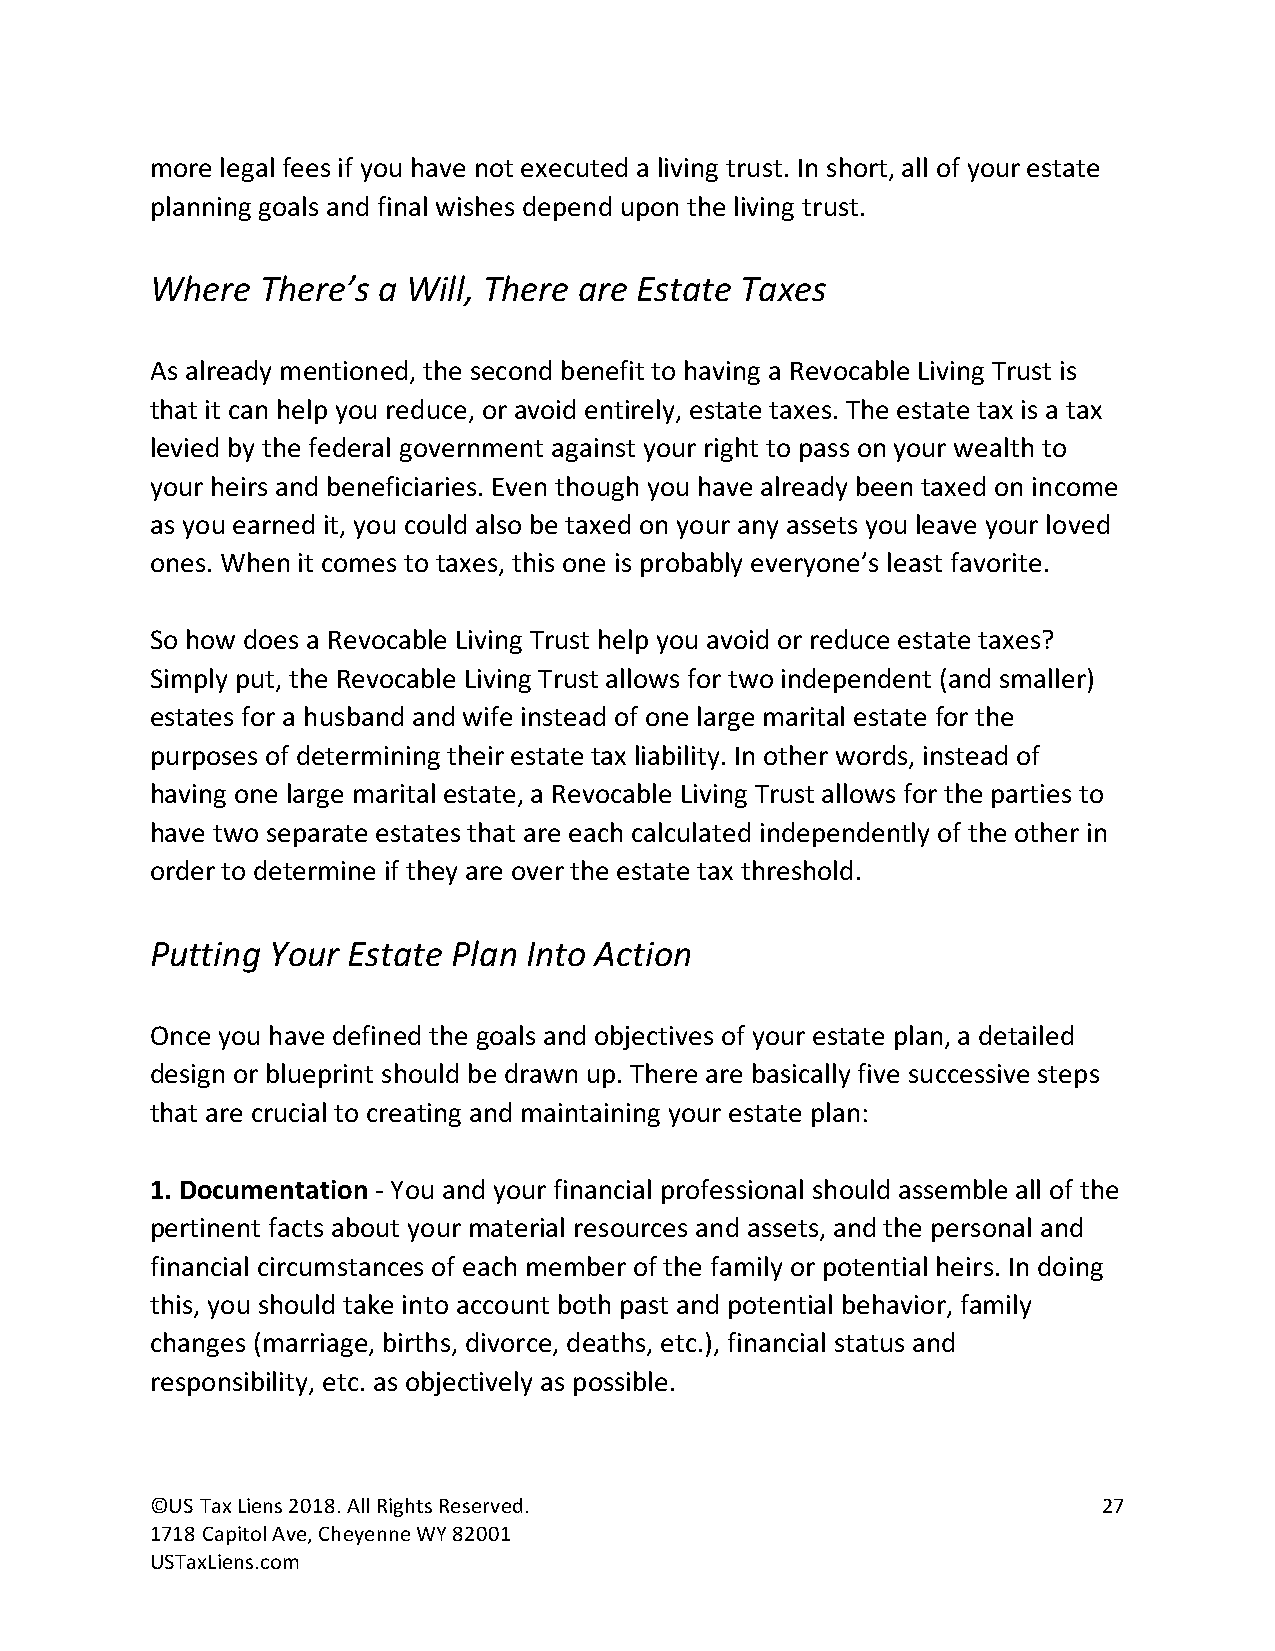
more legal fees if you have not executed a living trust. In short, all of your estate
 planning goals and final wishes depend upon the living trust.
 Where  There’s a Will, There are Estate Taxes
 As already mentioned, the second benefit to having a Revocable Living Trust is
 that it can help you reduce, or avoid entirely, estate taxes. The estate tax is a tax
 levied by the federal government against your right to pass on your wealth to
 your heirs and beneficiaries. Even though you have already been taxed on income
 as you earned it, you could also be taxed on your any assets you leave your loved
 ones. When it comes to taxes, this one is probably everyone’s least favorite.
 So how does a Revocable Living Trust help you avoid or reduce estate taxes?
 Simply put, the Revocable Living Trust allows for two independent (and smaller)
 estates for a husband and wife instead of one large marital estate for the
 purposes of determining their estate tax liability. In other words, instead of
 having one large marital estate, a Revocable Living Trust allows for the parties to
 have two separate estates that are each calculated independently of the other in
 order to determine if they are over the estate tax threshold.
 Putting Your Estate Plan Into Action
 Once you have defined the goals and objectives of your estate plan, a detailed
 design or blueprint should be drawn up. There are basically five successive steps
 that are crucial to creating and maintaining your estate plan:
 1. Documentation - You and your financial professional should assemble all of the
 pertinent facts about your material resources and assets, and the personal and
 financial circumstances of each member of the family or potential heirs. In doing
 this, you should take into account both past and potential behavior, family
 changes (marriage, births, divorce, deaths, etc.), financial status and
 responsibility, etc. as objectively as possible.
 ©US Tax Liens 2018. All Rights Reserved.                       27
 1718 Capitol Ave, Cheyenne WY 82001
 USTaxLiens.com